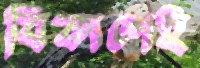
বিকাশেই